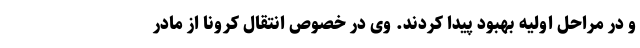
و در مراحل اولیه بهبود پیدا کردند. وی در خصوص انتقال کرونا از مادر